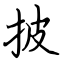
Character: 披